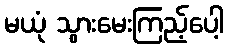
မယုံ သွားမေးကြည့်ပေါ့